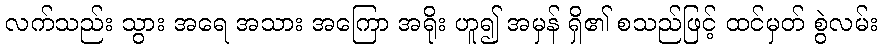
လက်သည်း သွား အရေ အသား အကြော အရိုး ဟူ၍ အမှန် ရှိ၏ စသည်ဖြင့် ထင်မှတ် စွဲလမ်း